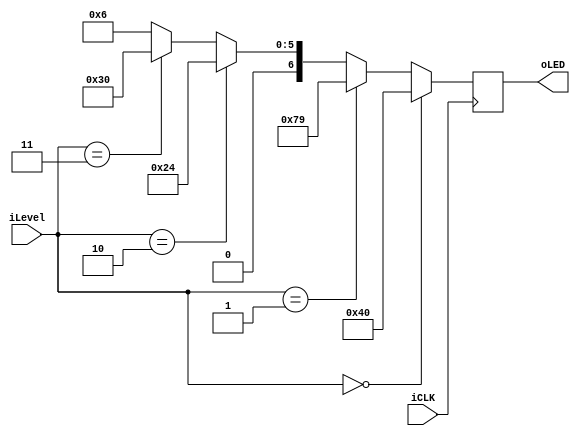
module LED(
    iLevel,
    iCLK,
    oLED
);
input iCLK;
input [1:0] iLevel;
output reg [6:0] oLED;


always @(posedge iCLK)
begin
    oLED <=     (iLevel == 0) ? 7'b100_0000 : 
                (iLevel == 1) ? 7'b111_1001 :
                (iLevel == 2) ? 7'b010_0100 :
                (iLevel == 3) ? 7'b011_0000 :
                                7'b000_0110 ;
end

endmodule